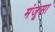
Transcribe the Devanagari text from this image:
मंजूसा